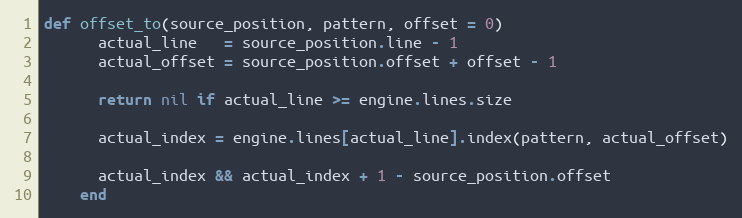
Language: Ruby
def offset_to(source_position, pattern, offset = 0)
      actual_line   = source_position.line - 1
      actual_offset = source_position.offset + offset - 1

      return nil if actual_line >= engine.lines.size

      actual_index = engine.lines[actual_line].index(pattern, actual_offset)

      actual_index && actual_index + 1 - source_position.offset
    end